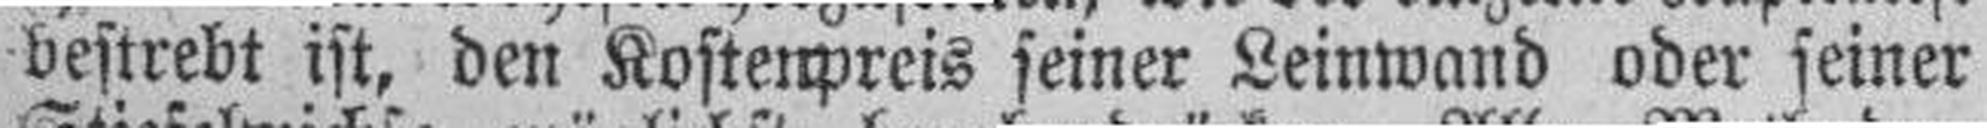
bestrebt ist, den Kostenpreis seiner Leinwand oder seiner